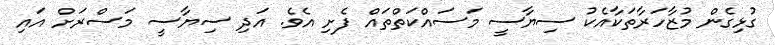
ގުޅިގެން މުޒާހަރާތަކާއެކު ސިޔާސީ މަސައްކަތްތައް ފެށި އެވެ. އަދި ސިޔާސީ މަސްރަށް އައި